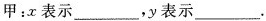
甲:x表示___，y表示___.